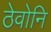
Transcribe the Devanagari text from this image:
ठेवोनि